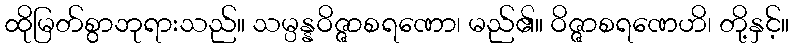
ထိုမြတ်စွာဘုရားသည်။ သမ္ပန္နဝိဇ္ဇာစရဏော၊ မည်၏။ ဝိဇ္ဇာစရဏေဟိ၊ တို့နှင့်။